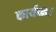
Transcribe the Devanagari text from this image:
कार्यव्म।